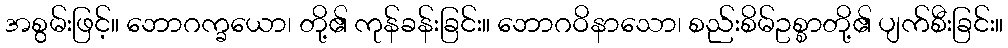
အစွမ်းဖြင့်။ ဘောဂက္ခယော၊ တို့၏ ကုန်ခန်းခြင်း။ ဘောဂဝိနာသော၊ စည်းစိမ်ဥစ္စာတို့၏ ပျက်စီးခြင်း။